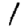
Digit: 1